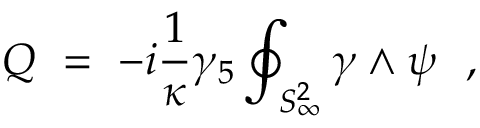
Q ~ = ~ - i { \frac { 1 } { \kappa } } \gamma _ { 5 } \oint _ { S _ { \infty } ^ { 2 } } \gamma \wedge \psi \ \ ,